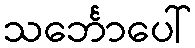
သင်္ဘောပေါ်